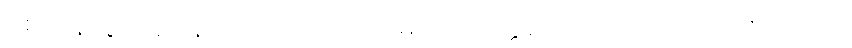
စောဒနာဖွယ်ရှိပြန်ရကား ‘ဟေတုသမ္ပဒါပိ အတ္ထတော ဝိဘာဝိတာ ဟောတိ’ကို